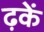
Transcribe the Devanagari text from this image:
ढ़कें